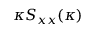
\kappa S _ { x x } ( \kappa )